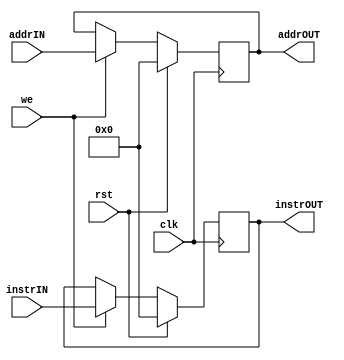
// Instruction register
// Note: may be expanded to store other values such as PC, PC+4
// Note^2: may be replaced by instruction queue if need be

module iReg(clk, rst, we, instrIN, addrIN, instrOUT, addrOUT);
	
  input clk, rst, we;
  input [31:0] instrIN, addrIN;
  output [31:0] instrOUT, addrOUT;
  reg [31:0] instrOUT, addrOUT; 

  always @ (posedge clk)
  begin
    if (rst)
      begin
	 	instrOUT <= 32'h0;
		addrOUT <= 32'h0;
	 end
    else if (we)
      begin
	 	instrOUT <= instrIN;
		addrOUT <= addrIN;
	 end
    else
      begin
	 	instrOUT <= instrOUT;
		addrOUT <= addrOUT;
	 end
  end
	
endmodule